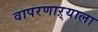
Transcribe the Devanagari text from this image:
वापरणाऱ्याला